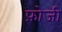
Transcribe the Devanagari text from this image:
फ़ोजी